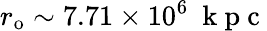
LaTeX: r_{\mathrm{{o}}}\sim 7.71\times 10^{6}~\mathrm{~k~p~c~}